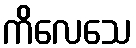
ကိလေသေ